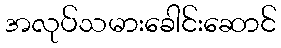
အလုပ်သမားခေါင်းဆောင်